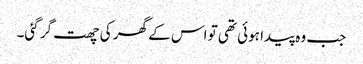
جب وہ پیدا ہوئی تھی تو اس کے گھر کی چھت گر گئی۔